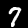
Digit: 7